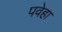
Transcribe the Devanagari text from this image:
पवेहा